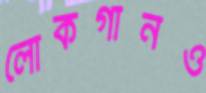
লোকগানও